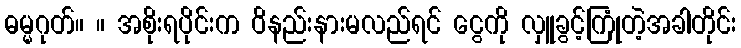
ဓမ္မဂုတ်။ ။ အစိုးရပိုင်းက ဝိနည်းနားမလည်ရင် ငွေကို လှူခွင့်ကြုံတဲ့အခါတိုင်း